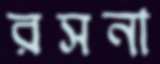
রসনা